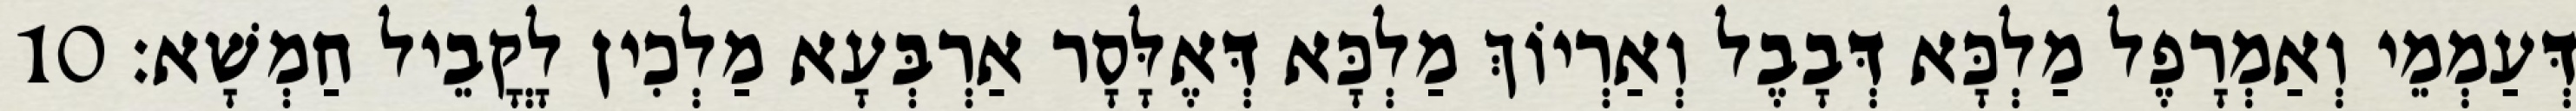
דְּעַמְמֵי וְאַמְרָפֶל מַלְכָּא דְּבָבֶל וְאַרְיוֹךְ מַלְכָּא דְּאֶלָּסָר אַרְבְּעָא מַלְכִין לָקֳבֵיל חַמְשָׁא׃ 10